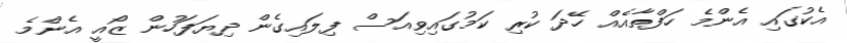
އެކުގައި އެންމެ ހަފްތާއެއް ހޭދަ ކުރި ކަމުގައިވިއަސް ފިލައިގެން ދިޔަފަހުން ޒޯއީ އެންމެ